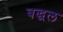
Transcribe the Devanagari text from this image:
बद्धल